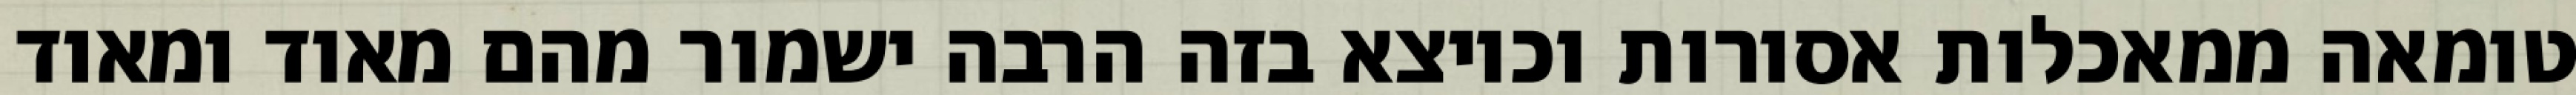
טומאה ממאכלות אסורות וכיוצא בזה הרבה ישמור מהם מאוד ומאוד